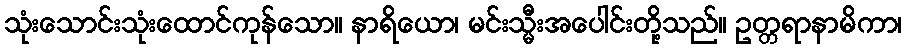
သုံးသောင်းသုံးထောင်ကုန်သော။ နာရိယော၊ မင်းသ္မီးအပေါင်းတို့သည်။ ဥတ္တရာနာမိကာ၊